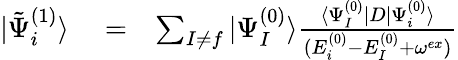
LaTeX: \begin{array}{rlr}{|\tilde{\Psi}_{i}^{(1)}\rangle}&{{}=}&{\sum_{I\ne f}|\Psi_{I}^{(0)}\rangle\frac{\langle\Psi_{I}^{(0)}|D|\Psi_{i}^{(0)}\rangle}{(E_{i}^{(0)}-E_{I}^{(0)}+\omega^{ex})}}\end{array}